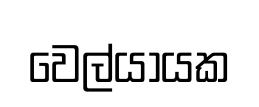
වෙල්යායක